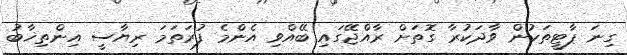
ގިނަ ޕާޓީތަކުން ވާދަކުރާ ގޮތަށް ރާއްޖޭގައި ބޭއްވި އެންމެ ފުރަތަމަ ރިޔާސީ އިންތިޚާބު